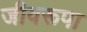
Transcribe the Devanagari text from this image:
जीवरूपा